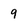
Character: 9